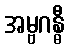
အမ္ဗဂန္ဓီ